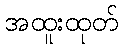
အထူးထုတ်